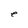
Character: e